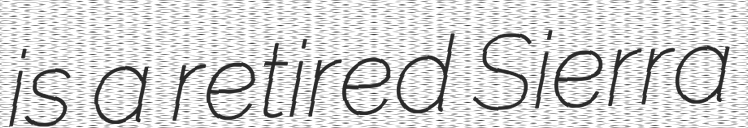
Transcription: is a retired Sierra